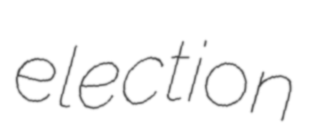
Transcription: election